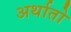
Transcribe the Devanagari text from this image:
अर्थातो